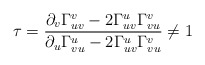
\begin{align*} \tau=\frac{\partial_v\Gamma_{uv}^v-2\Gamma_{uv}^u\Gamma_{vu}^v}{\partial_u\Gamma_{vu}^u-2\Gamma_{uv}^u\Gamma_{vu}^v}\neq 1 \end{align*}